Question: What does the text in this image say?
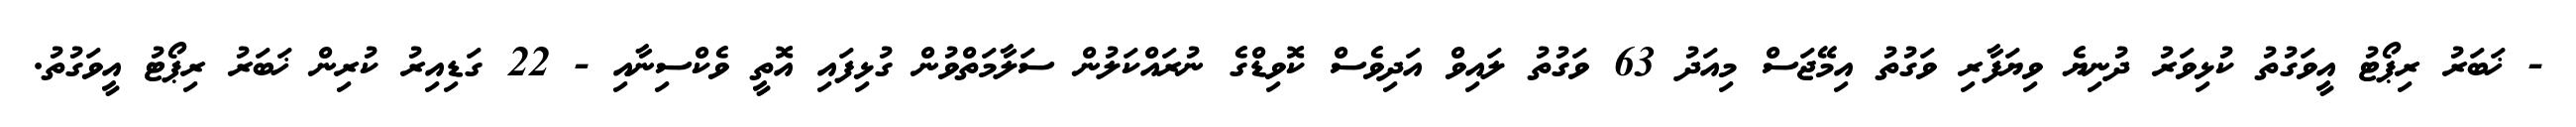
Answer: - ޚަބަރު ރިޕޯޓު އީވަގުތު ކުޅިވަރު ދުނިޔެ ވިޔަފާރި ވަގުތު އިމޭޖަސް މިއަދު 63 ވަގުތު ލައިވް އަދިވެސް ކޮވިޑްގެ ނުރައްކަލުން ސަލާމަތްވުން ގުޅިފައި އޮތީ ވެކްސިނާއި - 22 ގަޑިއިރު ކުރިން ޚަބަރު ރިޕޯޓު އީވަގުތު.